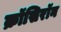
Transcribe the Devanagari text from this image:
क्रॉसिरॉन